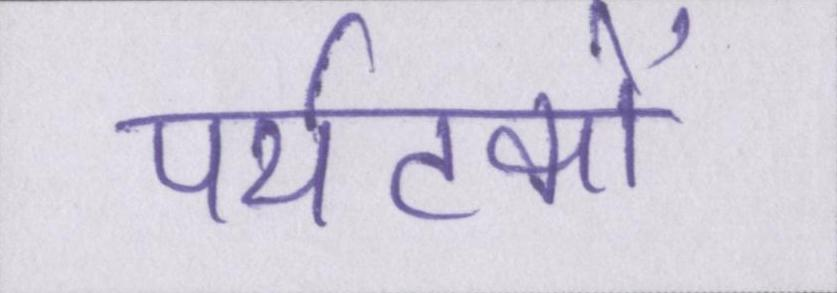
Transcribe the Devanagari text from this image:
पर्यटकों